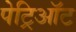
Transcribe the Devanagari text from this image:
पेट्रिऑट